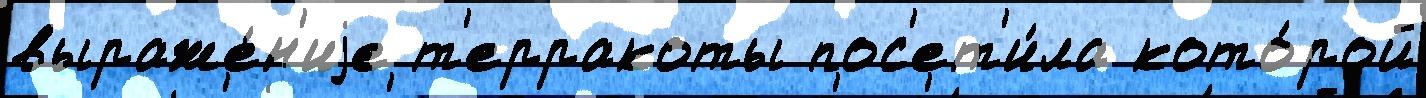
выраже́н'иjе т'ерракоты пос'ет'и́ла кото́рой